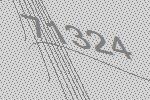
71324